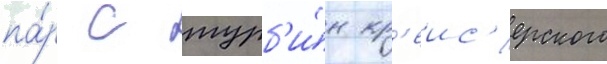
па́р с турб'и́н кр'еис'ерского